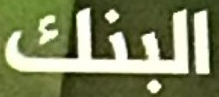
البنك